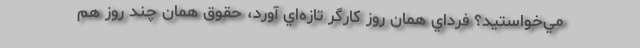
مي‌خواستيد؟ فرداي همان روز كارگر تازه‌اي آورد، حقوق همان چند روز هم